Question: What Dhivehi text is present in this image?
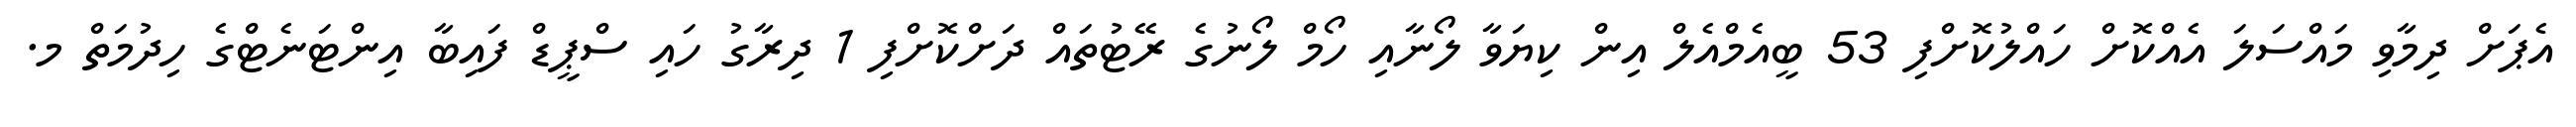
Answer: އެޕަށް ދިމާވި މައްސަލަ އެއްކޮށް ހައްލުކޮށްފި 53 ބީއެމްއެލް އިން ކިޔަވާ ލޯނާއި ހޯމް ލޯނުގެ ރޭޓުތައް ދަށްކޮށްފި 1 ދިރާގު ހައި ސްޕީޑް ފައިބާ އިންޓަނެޓްގެ ހިދުމަތް މ.